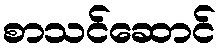
စာသင်ဆောင်